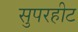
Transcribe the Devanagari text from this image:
सुपरहीट